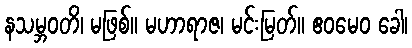
နသမ္ဘဝတိ၊ မဖြစ်။ မဟာရာဇ၊ မင်းမြတ်။ ဧဝမေဝ ခေါ၊